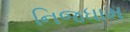
નિજધામ